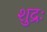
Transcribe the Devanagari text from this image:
शुद्रः